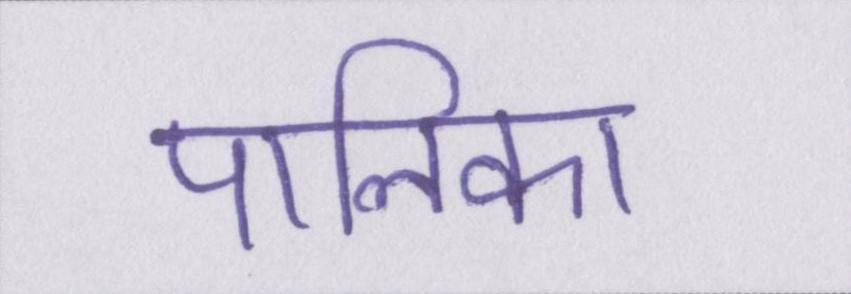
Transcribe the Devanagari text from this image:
पालिका